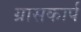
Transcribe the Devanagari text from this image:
ग्रासकार्प